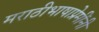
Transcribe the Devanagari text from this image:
मराठीभाषाप्रेमींनी